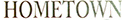
HOMETOWN